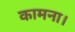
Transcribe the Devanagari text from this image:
कामना।